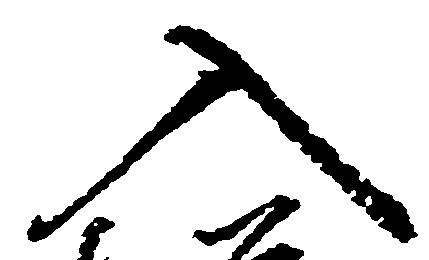
入